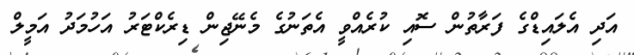
އަދި އެލައިޑްގެ ފަރާތުން ސޮއި ކުރެއްވީ އެތަނުގެ މެނޭޖިން ޑިރެކްޓަރު އަހުމަދު އަމީލް